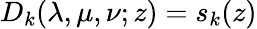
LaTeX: D_{k}(\lambda,\mu,\nu;z)=s_{k}(z)